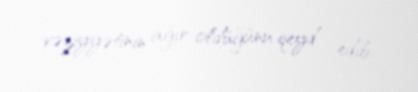
vəziyyətinin ağır oldüğünu qeyd edib.